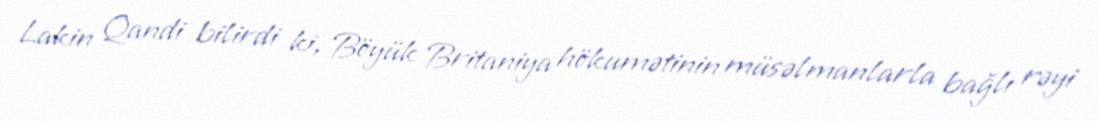
Lakin Qandi bilirdi ki, Böyük Britaniya hökumətinin müsəlmanlarla bağlı rəyi